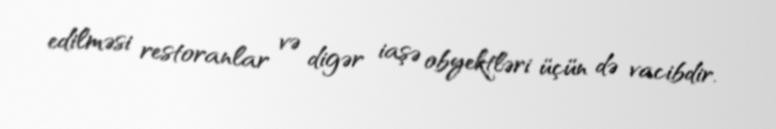
edilməsi restoranlar və digər iaşə obyektləri üçün də vacibdir.